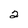
Character: 2